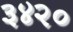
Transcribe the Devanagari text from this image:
३४२०